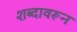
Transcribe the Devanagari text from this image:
शब्‍दावरून